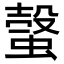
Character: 螜